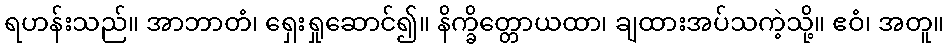
ရဟန်းသည်။ အာဘာတံ၊ ရှေးရှုဆောင်၍။ နိက္ခိတ္တောယထာ၊ ချထားအပ်သကဲ့သို့။ ဧဝံ၊ အတူ။